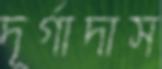
দূর্গাদাস